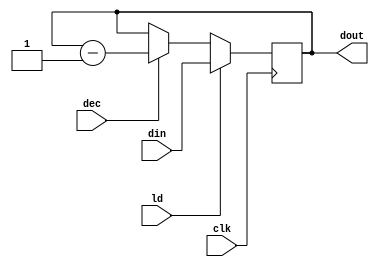
`timescale 1ns / 1ps
module CNTR (dout, din, ld, dec, clk);
input [15:0] din;
input ld, dec, clk;
output reg [15:0] dout;
always @(posedge clk)
if (ld) dout <= din;
else if (dec) dout <= dout - 1;
endmodule